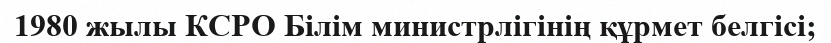
1980 жылы КСРО Білім министрлігінің құрмет белгісі;